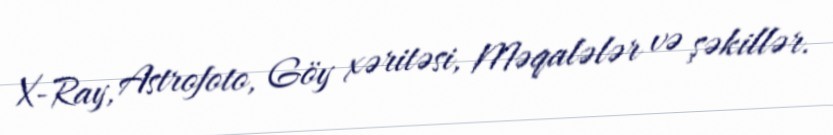
X-Ray, Astrofoto, Göy xəritəsi, Məqalələr və şəkillər.